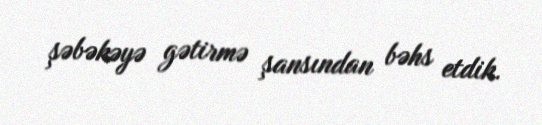
şəbəkəyə gətirmə şansından bəhs etdik.